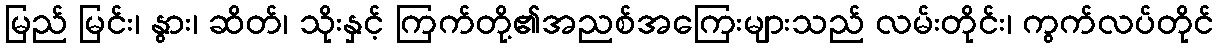
မြည် မြင်း၊ နွား၊ ဆိတ်၊ သိုးနှင့် ကြက်တို့၏အညစ်အကြေးများသည် လမ်းတိုင်း၊ ကွက်လပ်တိုင်